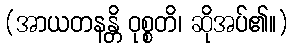
(အာယတနန္တိ ဝုစ္စတိ၊ ဆိုအပ်၏။)